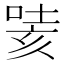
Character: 𭈯